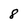
Character: 8